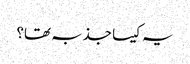
یہ کیسا جذبہ تھا؟